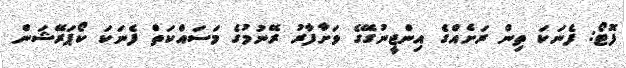
ފޮޓޯ: ފެނަކަ ތިން ރަށެއްގެ އިންޖީނުގޭގެ ވަށާފާރު ރޭނުމުގެ މަސައްކަތް ފެނަކަ ކޯޕަރޭޝަން